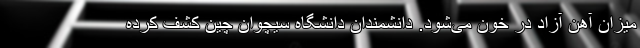
میزان آهن آزاد در خون می‌شود. دانشمندان دانشگاه سیچوان چین کشف کرده